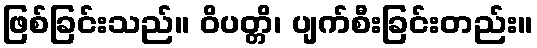
ဖြစ်ခြင်းသည်။ ဝိပတ္တိ၊ ပျက်စီးခြင်းတည်း။